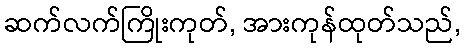
ဆက်လက်ကြိုးကုတ်, အားကုန်ထုတ်သည်,